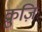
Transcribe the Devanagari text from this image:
क्रुज़ि